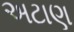
અટાણ